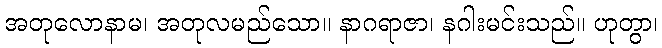
အတုလောနာမ၊ အတုလမည်သော။ နာဂရာဇာ၊ နဂါးမင်းသည်။ ဟုတွာ၊